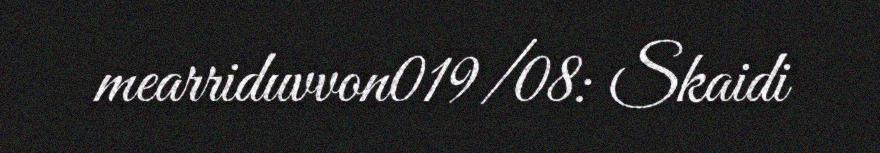
mearriduvvon019/08: Skaidi